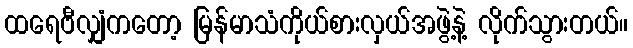
ထရေဗီလျှံကတော့ မြန်မာသံကိုယ်စားလှယ်အဖွဲ့နဲ့ လိုက်သွားတယ်။